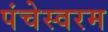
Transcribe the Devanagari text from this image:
पंचेस्वरम